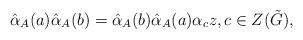
LaTeX: \begin{align*} \hat{\alpha}_{A}(a)\hat{\alpha}_{A}(b)=\hat{\alpha}_{A}(b)\hat{\alpha}_{A}(a)\alpha_c z,c\in Z(\tilde{G}),\end{align*}